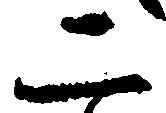
二